Account of plague administration in the Bombay Presidency from September 1896 till May 1897
Year: 1896
Disease focus: Plague
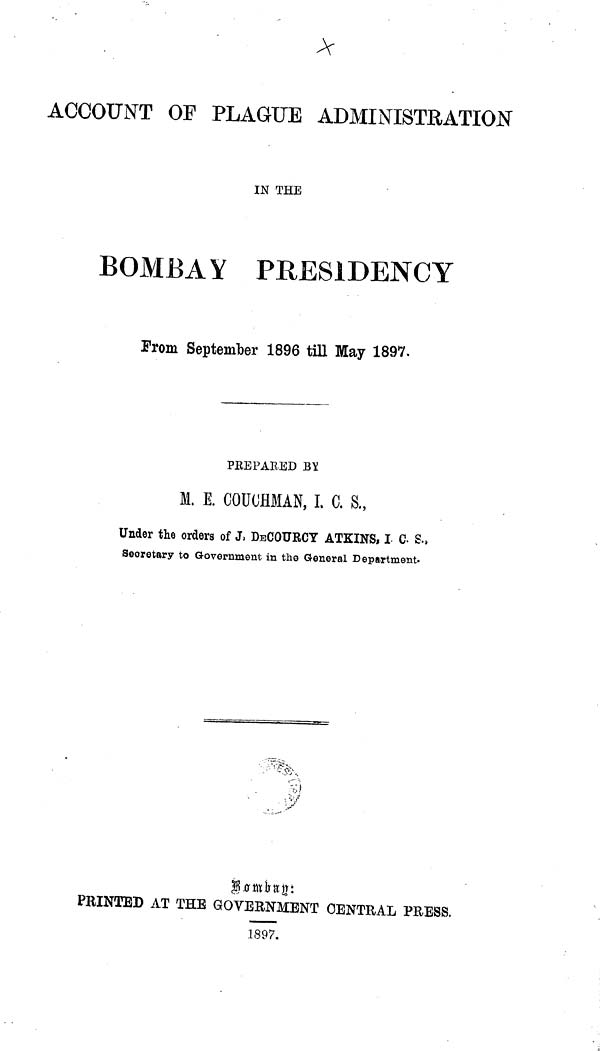
ACCOUNT OF PLAGUE ADMINISTRATION
IN THE
BOMBA Y PRESIDENCY
From September 1896 till May 1897.
PREPARED BY
M, E. COUCHMAN, I. C. S.,
Under the orders of J. DECOURCY ATKINS, I C. S.,
Secretary to Government in the General Department.
Bombay:
PRINTED AT THE GOVERNMENT CENTRAL PRESS,
1897.